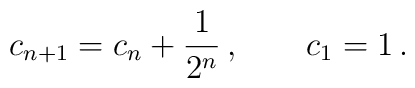
c_{n+1} = c_n +\frac{1}{2^n}\,, \qquad c_1=1 \,.